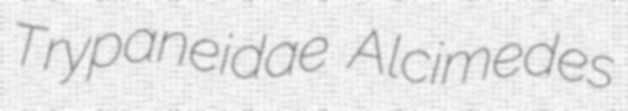
Trypaneidae Alcimedes